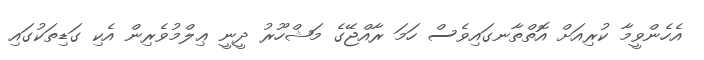
އެހެންވީމާ ކުރިއަށް އޮތްތާނގައިވެސް ހަމަ ރާއްޖޭގެ މަޝްހޫރު ދީނީ ޢިލްމުވެރިން އެކި ގަޑިތަކުގައި